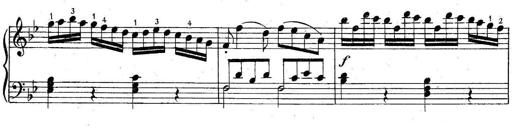
Title: 6 Easy Sonatinas
Composer: Carl Czerny